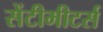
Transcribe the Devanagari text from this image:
सेंटीमीटर्स